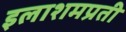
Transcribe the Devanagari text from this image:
इलाशमप्रती